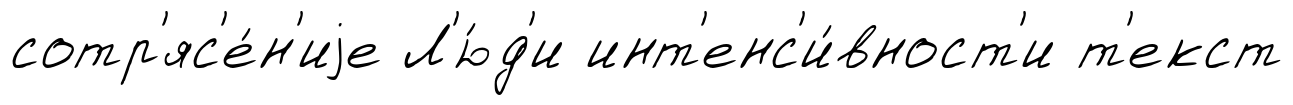
сотр'яс'е́н'иjе Л'ю́д'и инт'енс'и́вност'и т'екст